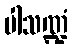
ပါသဏ္ဍံ